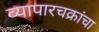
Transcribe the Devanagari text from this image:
व्यापारचक्रांचा